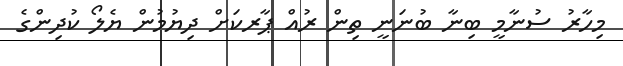
މިހާރު ސުނާމީ ބިނާ ބުނަނީ ތިން ރުއް ޕާރކަށް ދިޔުމުން ޔެލޯ ކުދިންގެ